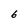
Character: 6